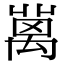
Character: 𥝄